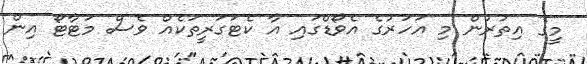
މީގެ އިތުރުން މި އަހަރުގެ އެވޯޑްގައި އާ ކެޓަގަރީތަކެއް ވެސް މަޓާޓޯ އިން